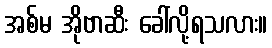
အစ်မ အိုဗာဆီး ခေါ်လို့ရသလား။